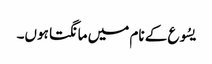
یسُوع کے نام میں مانگتا ہوں۔